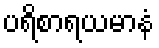
ပရိစာရယမာနံ